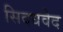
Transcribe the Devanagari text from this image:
सिदधवेद